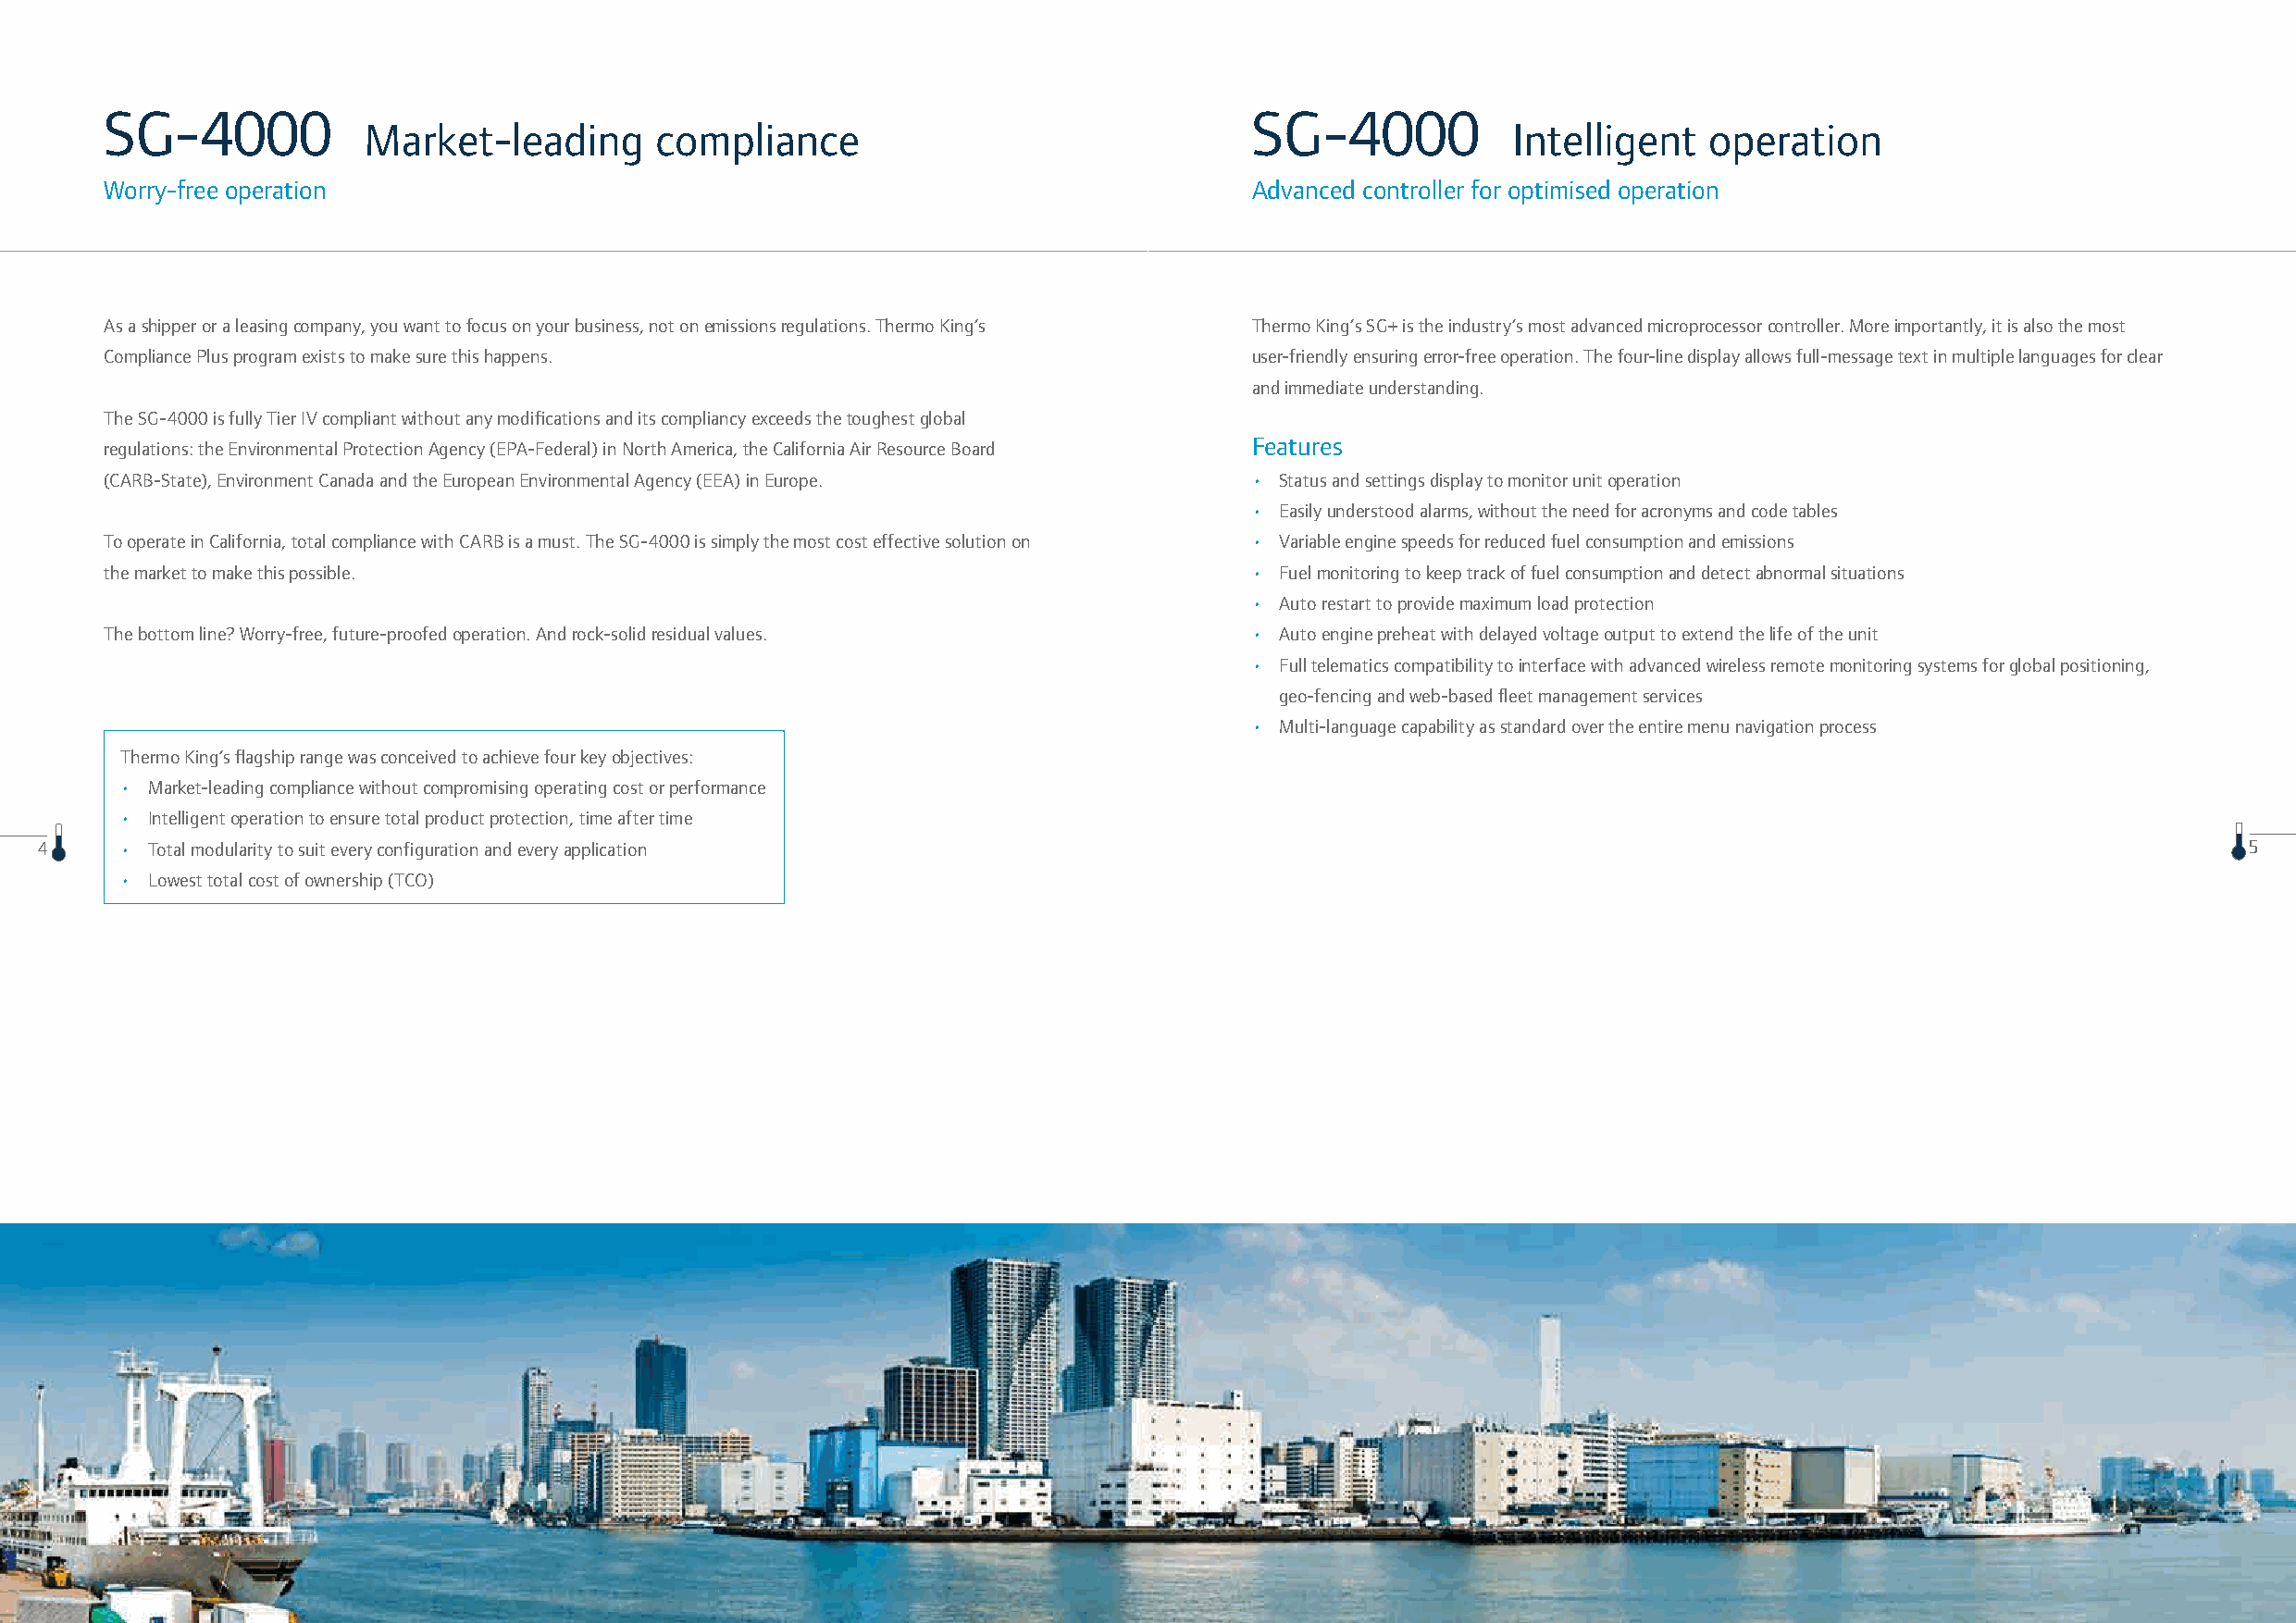
SG-4000                                                                            SG-4000
 Market-leading       compliance                                                   Intelligent   operation
 Worry-free operation                                                               Advanced controller for optimised operation
 As a shipper or a leasing company, you want to focus on your business, not on emissions regulations. Thermo King’s Thermo King’s SG+ is the industry’s most advanced microprocessor controller. More importantly, it is also the most
 Compliance Plus program exists to make sure this happens.                          user-friendly ensuring error-free operation. The four-line display allows full-message text in multiple languages for clear
 and immediate understanding.
 The SG-4000 is fully Tier IV compliant without any modifications and its compliancy exceeds the toughest global
 Features
 regulations: the Environmental Protection Agency (EPA-Federal) in North America, the California Air Resource Board
 (CARB-State), Environment Canada and the European Environmental Agency (EEA) in Europe. • Status and settings display to monitor unit operation
 • Easily understood alarms, without the need for acronyms and code tables
 To operate in California, total compliance with CARB is a must. The SG-4000 is simply the most cost effective solution on • Variable engine speeds for reduced fuel consumption and emissions
 the market to make this possible.                                                  • Fuel monitoring to keep track of fuel consumption and detect abnormal situations
 • Auto restart to provide maximum load protection
 The bottom line? Worry-free, future-proofed operation. And rock-solid residual values. • Auto engine preheat with delayed voltage output to extend the life of the unit
 • Full telematics compatibility to interface with advanced wireless remote monitoring systems for global positioning,
 geo-fencing and web-based fleet management services
 • Multi-language capability as standard over the entire menu navigation process
 Thermo King’s flagship range was conceived to achieve four key objectives:
 • Market-leading compliance without compromising operating cost or performance
 • Intelligent operation to ensure total product protection, time after time
 4     • Total modularity to suit every configuration and every application                                                                                    5
 • Lowest total cost of ownership (TCO)